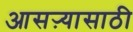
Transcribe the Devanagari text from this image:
आसऱ्यासाठी